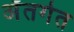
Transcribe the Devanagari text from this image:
अँतर्गत